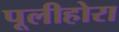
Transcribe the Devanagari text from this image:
पूलीहोरा